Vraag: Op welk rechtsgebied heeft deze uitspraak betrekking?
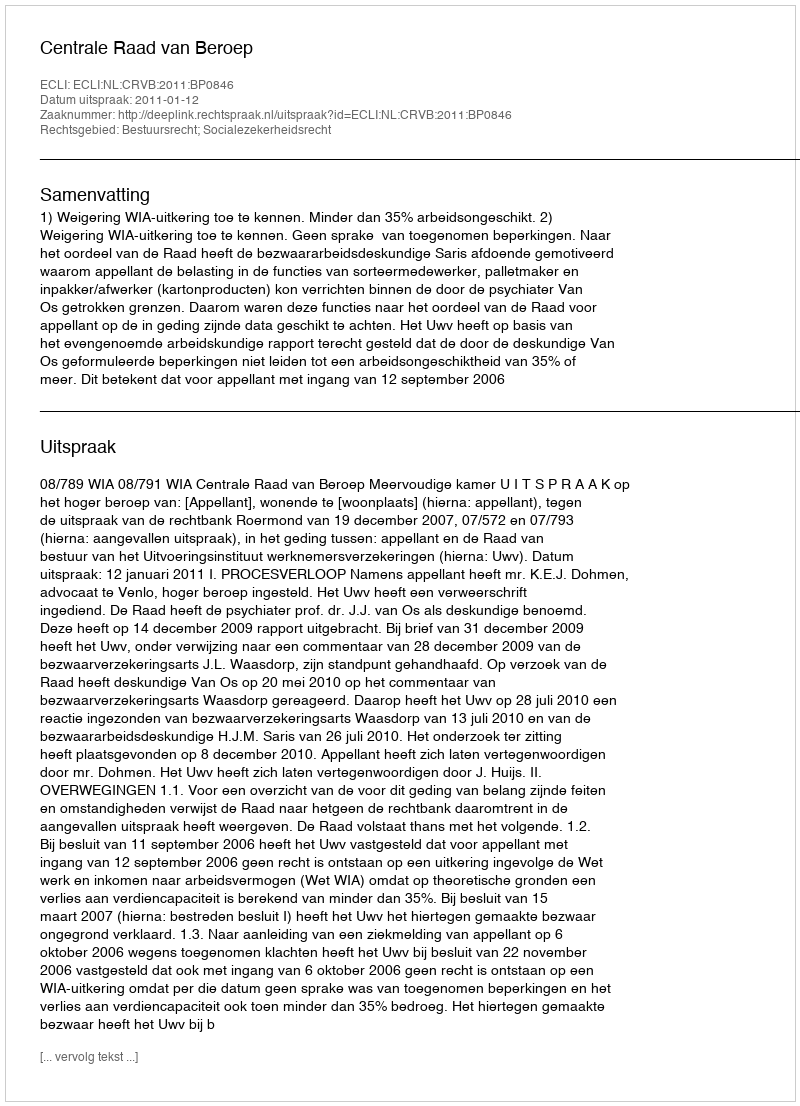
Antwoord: Bestuursrecht; Socialezekerheidsrecht